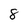
Character: 8